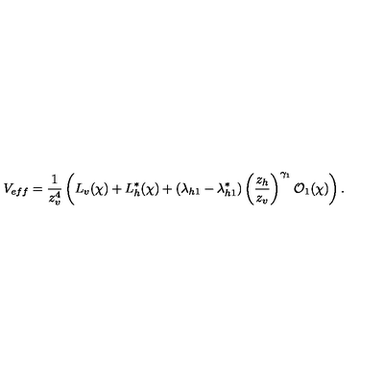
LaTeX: V _ { e f f } = \frac { 1 } { z _ { v } ^ { 4 } } \left( L _ { v } ( \chi ) + L _ { h } ^ { * } ( \chi ) + ( \lambda _ { h 1 } - \lambda _ { h 1 } ^ { * } ) \left( \frac { z _ { h } } { z _ { v } } \right) ^ { \gamma _ { 1 } } { \cal O } _ { 1 } ( \chi ) \right) .